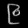
Digit: ၉